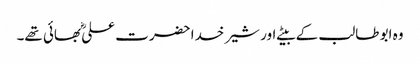
وہ ابو طالب کے بیٹے اور شیر خدا حضرت علیؓ بھائی تھے۔